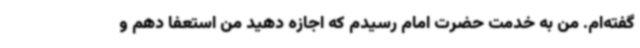
گفته‌ام. من به خدمت حضرت امام رسیدم که اجازه دهید من استعفا دهم و